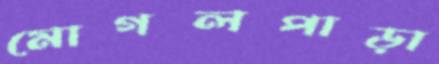
মোগলপাড়া